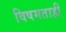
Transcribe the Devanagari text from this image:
विषमताही